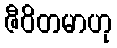
ဇီဝိတမာဟု